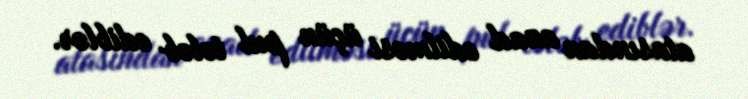
atasından azad edilməsi üçün pul tələb ediblər.